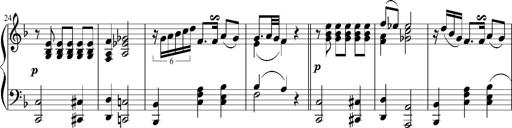
Title: 12 Sonatinas for Piano
Composer: Johann Baptist Vanhal